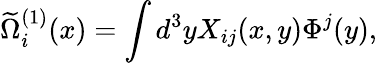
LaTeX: \widetilde{\Omega}_{i}^{(1)}(x)=\int d^{3}yX_{ij}(x,y)\Phi^{j}(y),